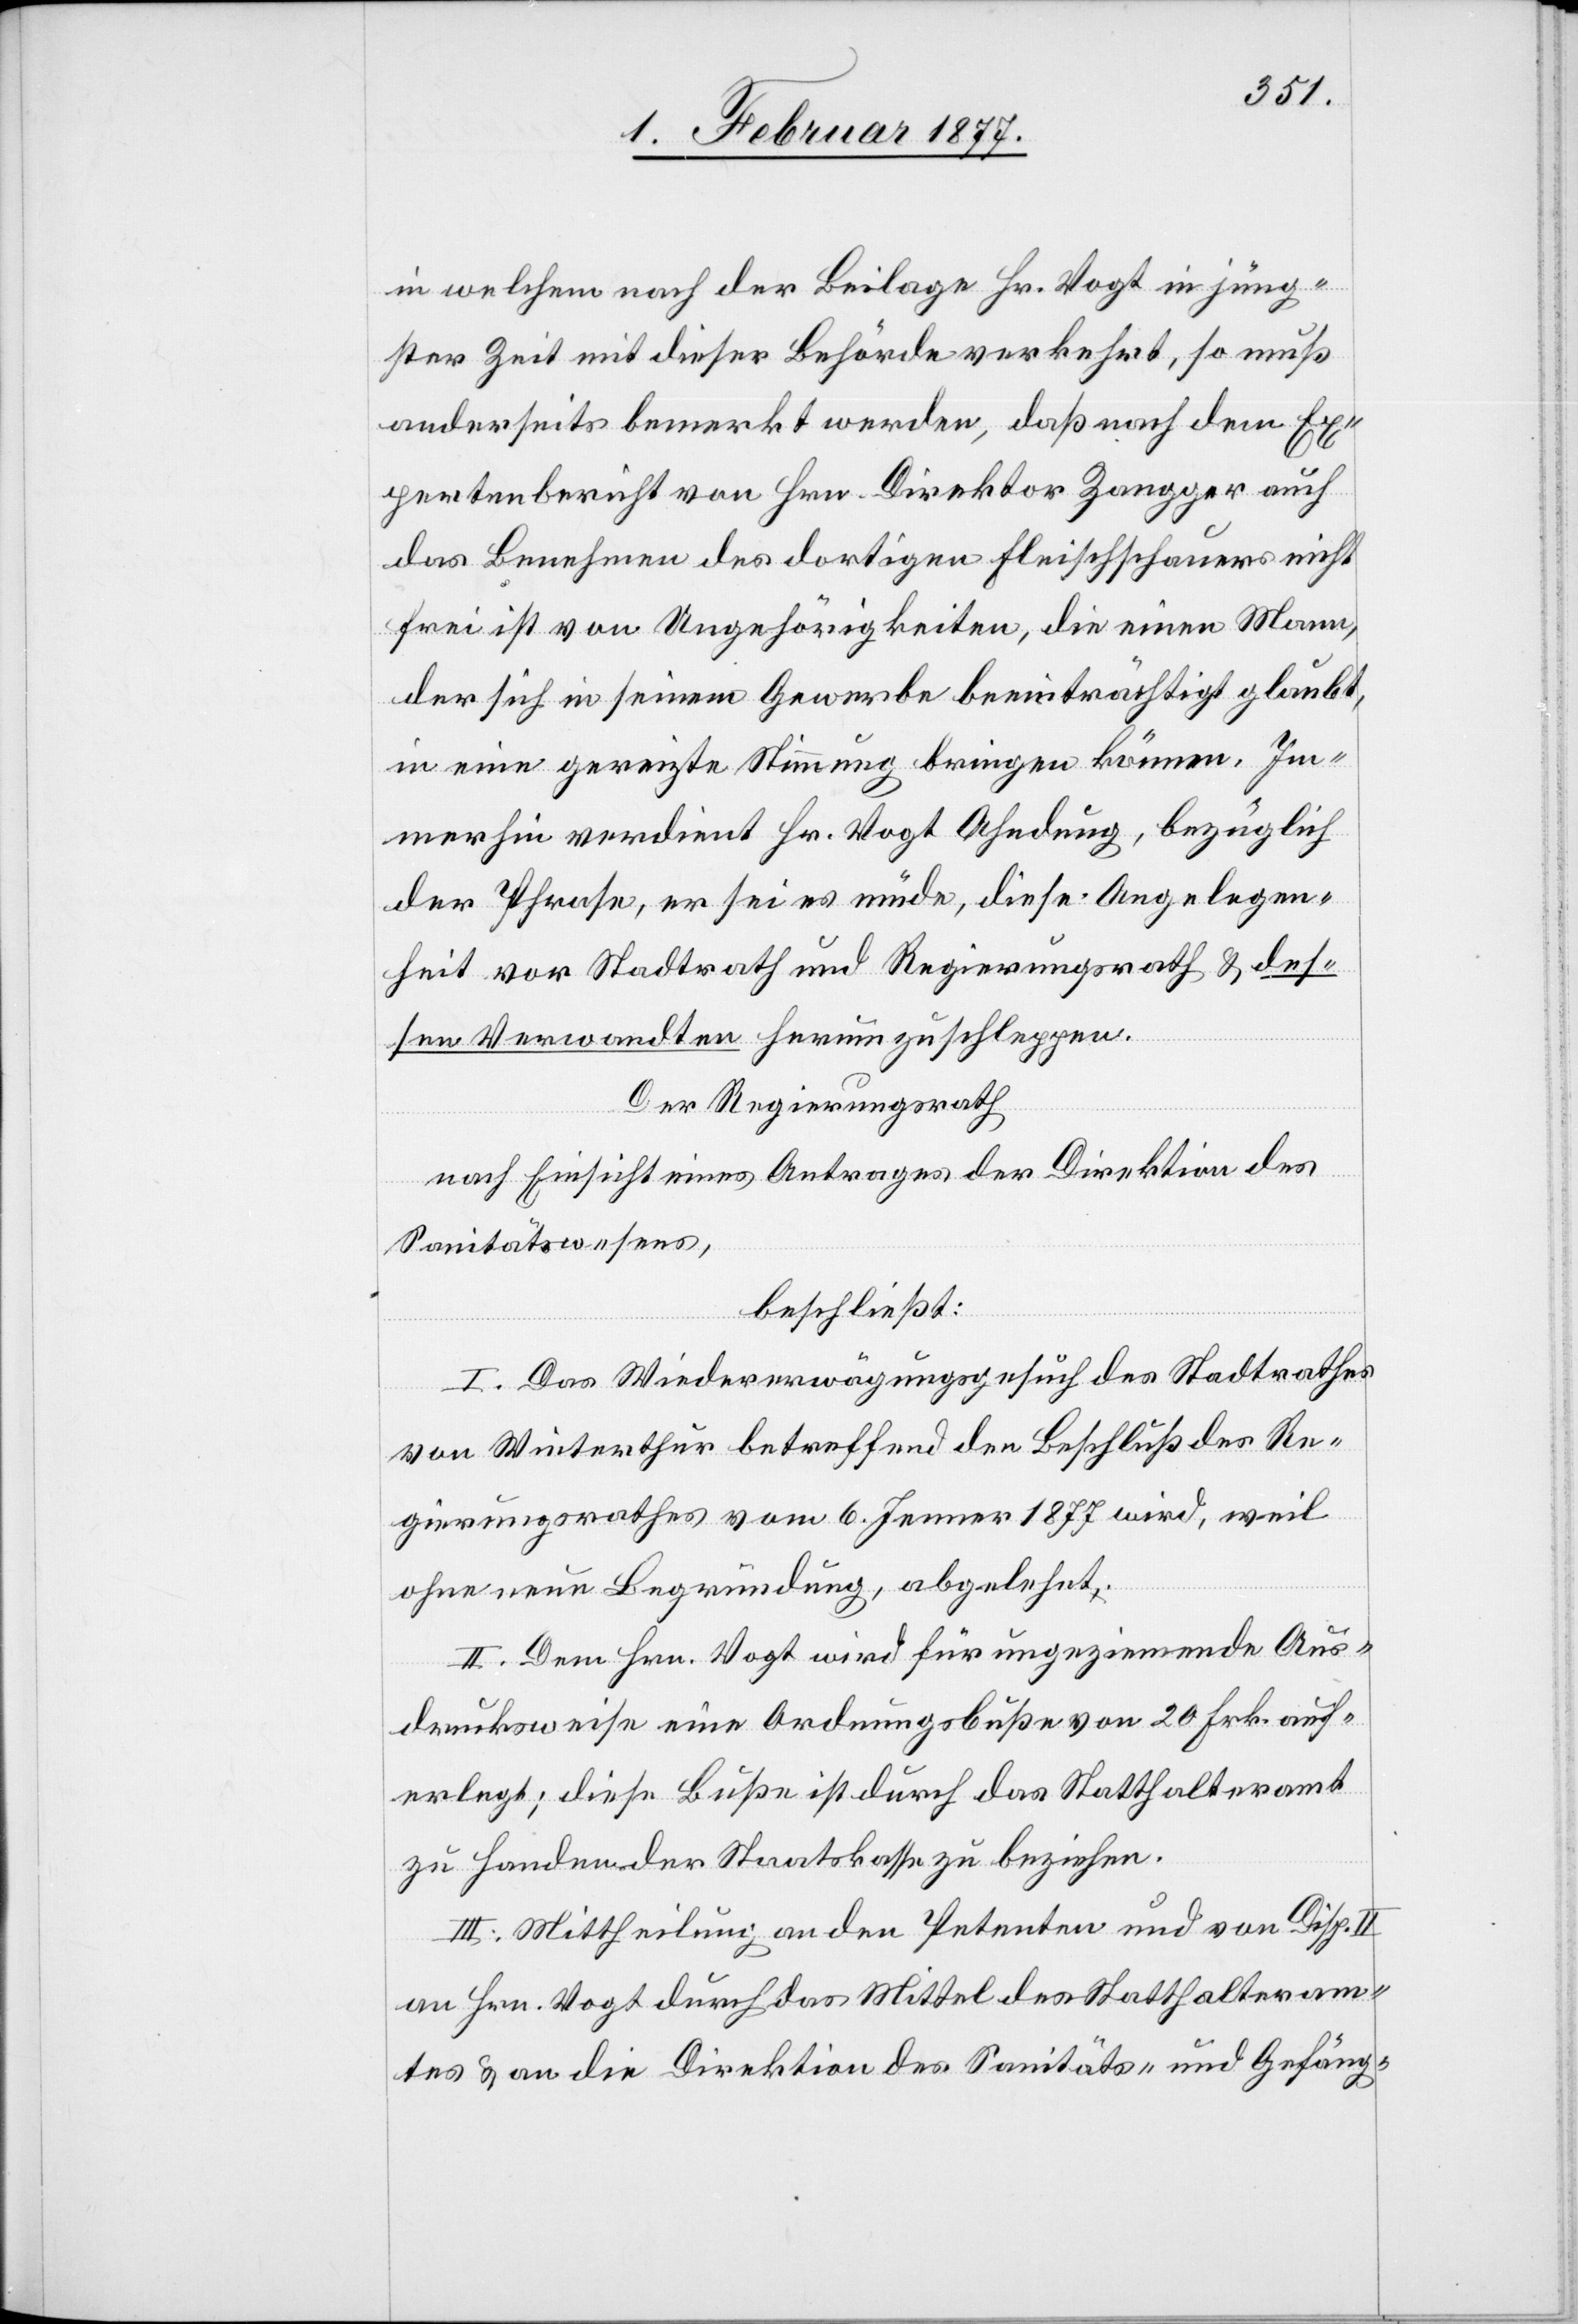
in welchem nach der Beilage Hr. Vogt in jüng¬
ster Zeit mit dieser Behörde verkehrt, so muß
anderseits bemerkt werden, daß nach dem Ex¬
pertenbericht von Hrn. Direktor Zangger auch
das Benehmen des dortigen Fleischschauers nicht
frei ist von Ungehörigkeiten, die einen Mann,
der sich in seinem Gewerbe beeinträchtigt glaubt,
in eine gereizte Stimmung bringen können. Im¬
merhin verdient Hr. Vogt Ahndung, bezüglich
der Phrase, er sei es müde, diese Angelegen¬
heiten vor Stadtrath und Regierungsrath & des¬
sen Verwandten herum zu schleppen.
Der Regierungsrath
nach Einsicht eines Antrages der Direktion des
Sanitätswesens,
beschließt:
I. Das Wiedererwägungsgesuch des Stadtrathes
von Winterthur betreffend den Beschluß des Re¬
gierungsrathes vom 6. Jenner 1877 wird, weil
ohne neue Begründung, abgelehnt.
II. Dem Hrn. Vogt wird für ungeziemende Aus¬
drucksweise eine Ordnungsbuße von 20 Frk. auf¬
erlegt; diese Buße ist durch das Statthalteramt
zu Handen der Staatskasse zu beziehen.
III. Mittheilung an den Petenten und von Disp. II
an Hrn. Vogt durch das Mittel des Statthalteram¬
tes & an die Direktion des Sanitäts- und Gefäng-